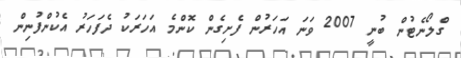
ގްލޯނެޓުން ބުނީ 2007 ވަނަ އަހަރުން ފެށިގެން ކޮންމެ އަހަރަކު ދެފަހަރު އެކުންފުނިން